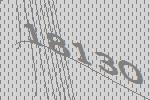
18130